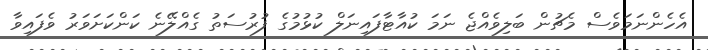
އެހެންނަމަވެސް މެޗުން ބަލިވެއްޖެ ނަމަ ކުއާޓާފައިނަލް ކުޅުމުގެ ފުރުސަތު ގެއްލޭނެ ކަންކަށަވަރު ވެފައިވާ